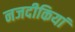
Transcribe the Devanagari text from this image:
नजदीकियां